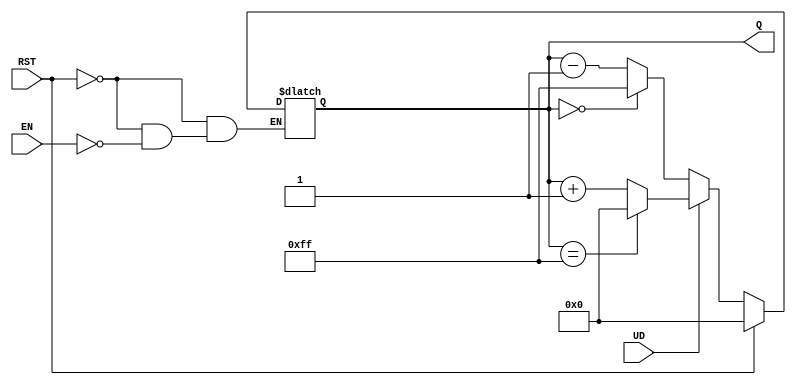
module UpDownCounter (
    input wire UD,       // Up/Down control
    input wire EN,       // Enable control
    input wire RST,      // Asynchronous reset
    output reg [7:0] Q   // 8-bit output count
);

    // Define the maximum count value for an 8-bit counter
    parameter MAX_COUNT = 8'b11111111; // 255

    // Asynchronous reset and counter logic
    always @(*) begin
        if (RST) begin
            Q = 8'b00000000; // Reset counter to 0
        end else if (EN) begin
            if (UD) begin
                // Count up with wrap-around
                if (Q == MAX_COUNT) begin
                    Q = 8'b00000000; // Wrap to 0
                end else begin
                    Q = Q + 1; // Increment
                end
            end else begin
                // Count down with wrap-around
                if (Q == 8'b00000000) begin
                    Q = MAX_COUNT; // Wrap to MAX_COUNT
                end else begin
                    Q = Q - 1; // Decrement
                end
            end
        end
    end

endmodule